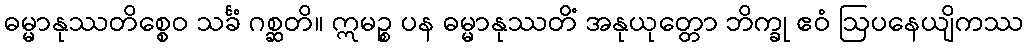
ဓမ္မာနုဿတိစ္စေဝ သင်္ခံ ဂစ္ဆတိ။ ဣမဉ္စ ပန ဓမ္မာနုဿတိံ အနုယုတ္တော ဘိက္ခု ဧဝံ ဩပနေယျိကဿ